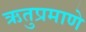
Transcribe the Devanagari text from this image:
ऋतुप्रमाणे